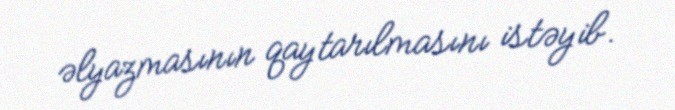
əlyazmasının qaytarılmasını istəyib.